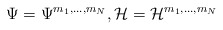
\begin{align*}\Psi=\Psi^{m_1,\ldots,m_N},\mathcal{H}=\mathcal{H}^{m_1,\ldots,m_N}\end{align*}